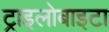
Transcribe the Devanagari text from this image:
ट्राइलोबाइटा